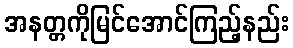
အနတ္တကိုမြင်အောင်ကြည့်နည်း